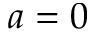
a = 0